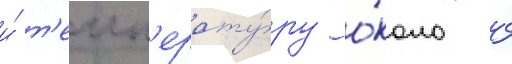
и́ т'емп'ерату́ру о́коло 4